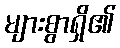
များစွာရှိ၏